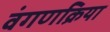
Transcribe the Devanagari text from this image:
वंगणक्रिया